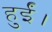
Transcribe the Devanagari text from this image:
हुर्ईं।